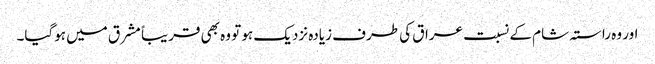
اور وہ راستہ شام کے نسبت عراق کی طرف زیادہ نزدیک ہو تو وہ بھی قریباً مشرق میں ہوگیا۔